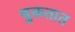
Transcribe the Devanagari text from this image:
चुकतात